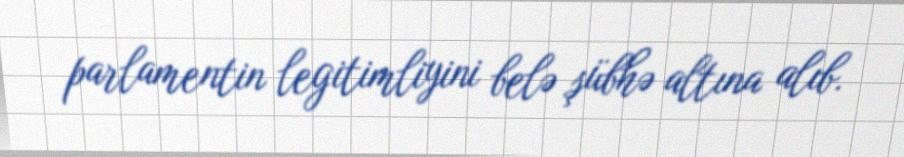
parlamentin legitimliyini belə şübhə altına alıb.